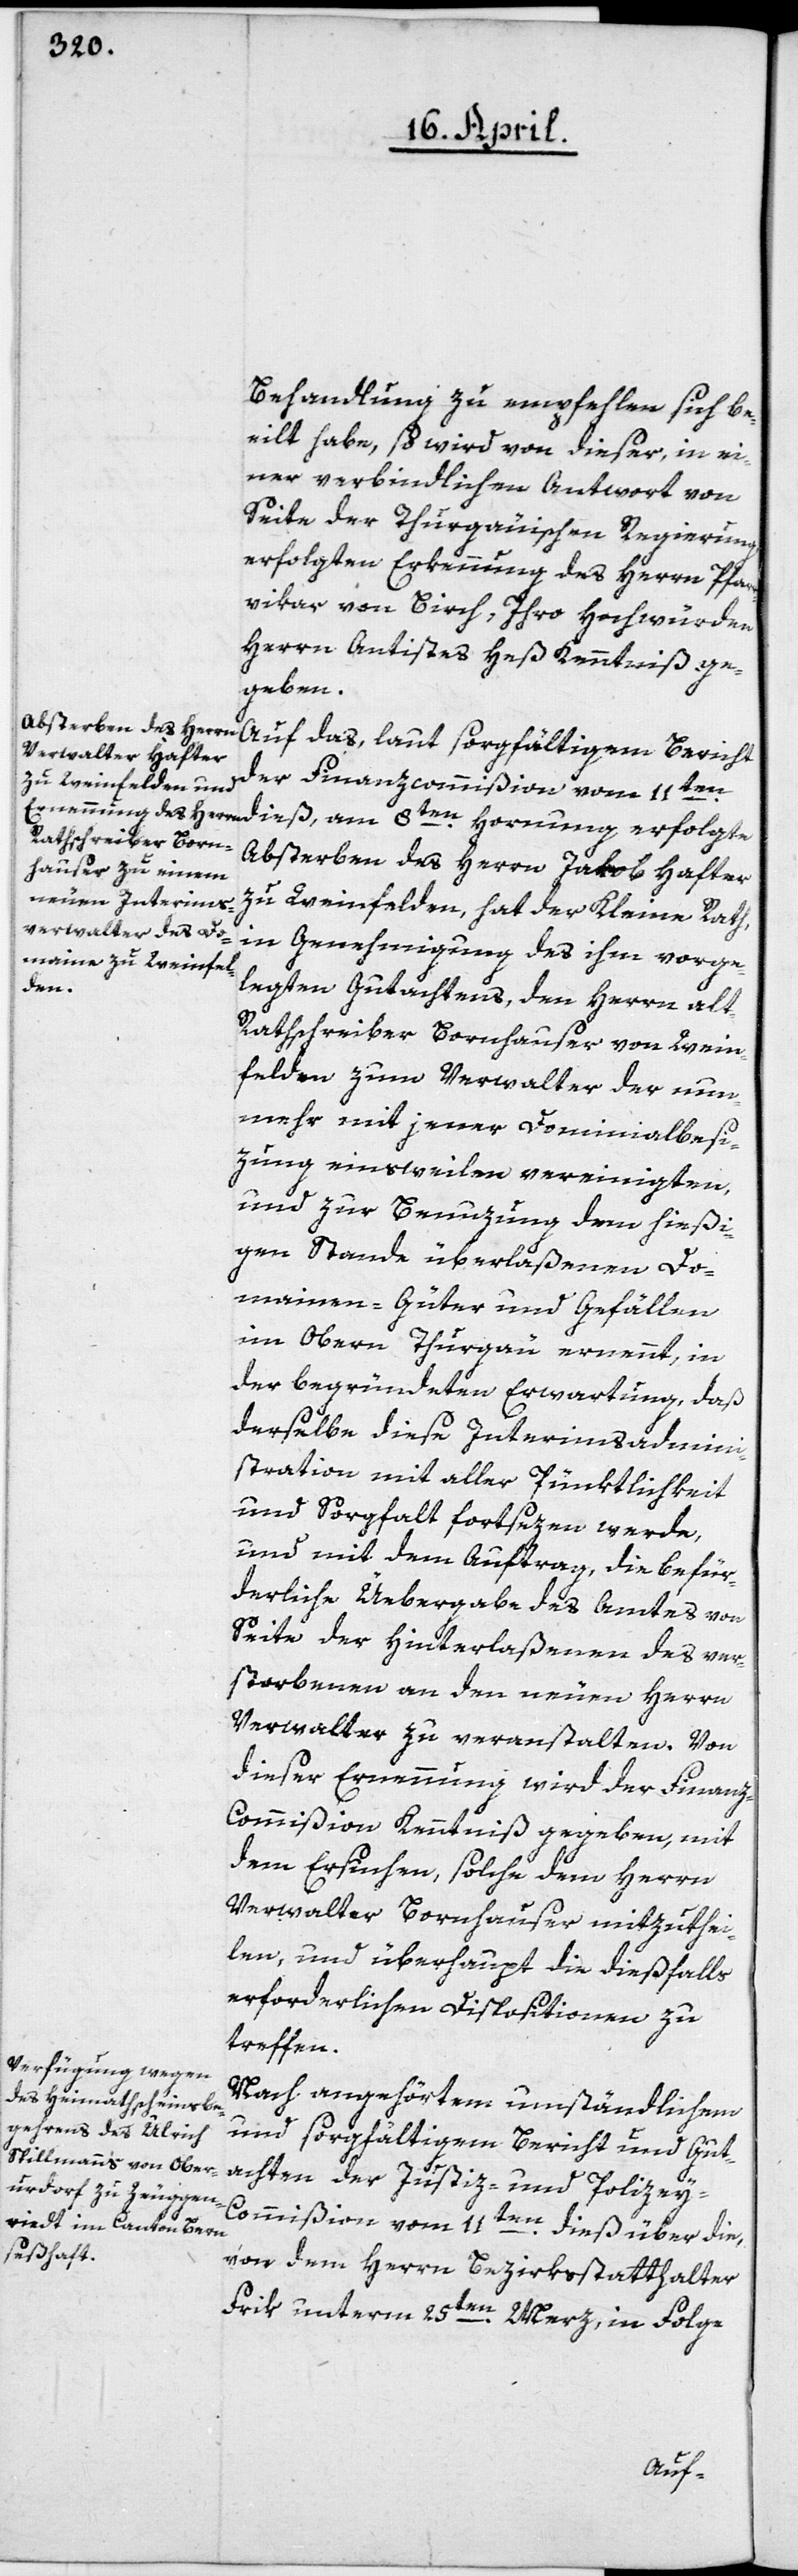
Behandlung zu empfehlen sich be¬
eilt habe, so wird von dieser, in ei¬
ner verbindlichen Antwort von
Seite der Thurgauischen Regierung
erfolgten Erkennung des Herrn Pfarr¬
vikar von Birch, Ihro Hochwürden
Herrn Antistes Heß Kenntniß ge¬
geben.
Auf das, laut sorgfältigem Bericht
der Finanzcommißion vom 11ten
Absterben des Herrn Jakob Hafter
zu Weinfelden, hat der Kleine Rath,
in Genehmigung des ihm vorge¬
legten Gutachtens, den Herrn alt
Rathschreiber Bornhauser von Wein¬
felden zum Verwalter der nun¬
mehr mit jener Dominialbesi¬
zung einstweilen vereinigten,
und zur Benuzung dem hießi¬
gen Stande überlaßenen Do¬
mainen-Güter und Gefällen
im Obern Thurgau ernennt, in
der begründeten Erwartung, daß
derselbe diese Interimsadmini¬
stration mit aller Pünktlichkeit
und Sorgfalt fortsezen werde,
und mit dem Auftrag, die befür¬
derliche Üebergabe des Amtes von
Seite der Hinterlaßenen des ver¬
storbenen an den neuen Herrn
Verwalter zu veranstalten. Von
dieser Ernennung wird der Finanz-C¬
ommißion Kenntniß gegeben, mit
dem Ersuchen, solche dem Herrn
Verwalter Bornhauser mitzuthei¬
len, und überhaupt die dießfalls
erforderlichen Dispositionen zu
treffen.
Nach angehörtem umständlichen
und sorgfältigen Bericht und Gut¬
achten der Justiz- und Polize¬
y-Commißion vom 11ten dieß, über die
von dem Herrn Bezirksstatthalter
Frik unterm 25ten Merz, in Folge